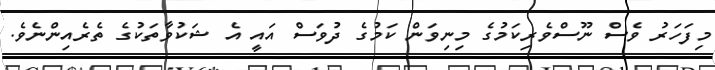
މިފަހަރު ވެސް ނޫސްވެރިކަމުގެ މިިނިވަން ކަމުގެ ދުވަސް އައީ އެ ޝަކުވާތަކުގެ ތެރެއިންނެވެ.